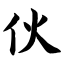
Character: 伙